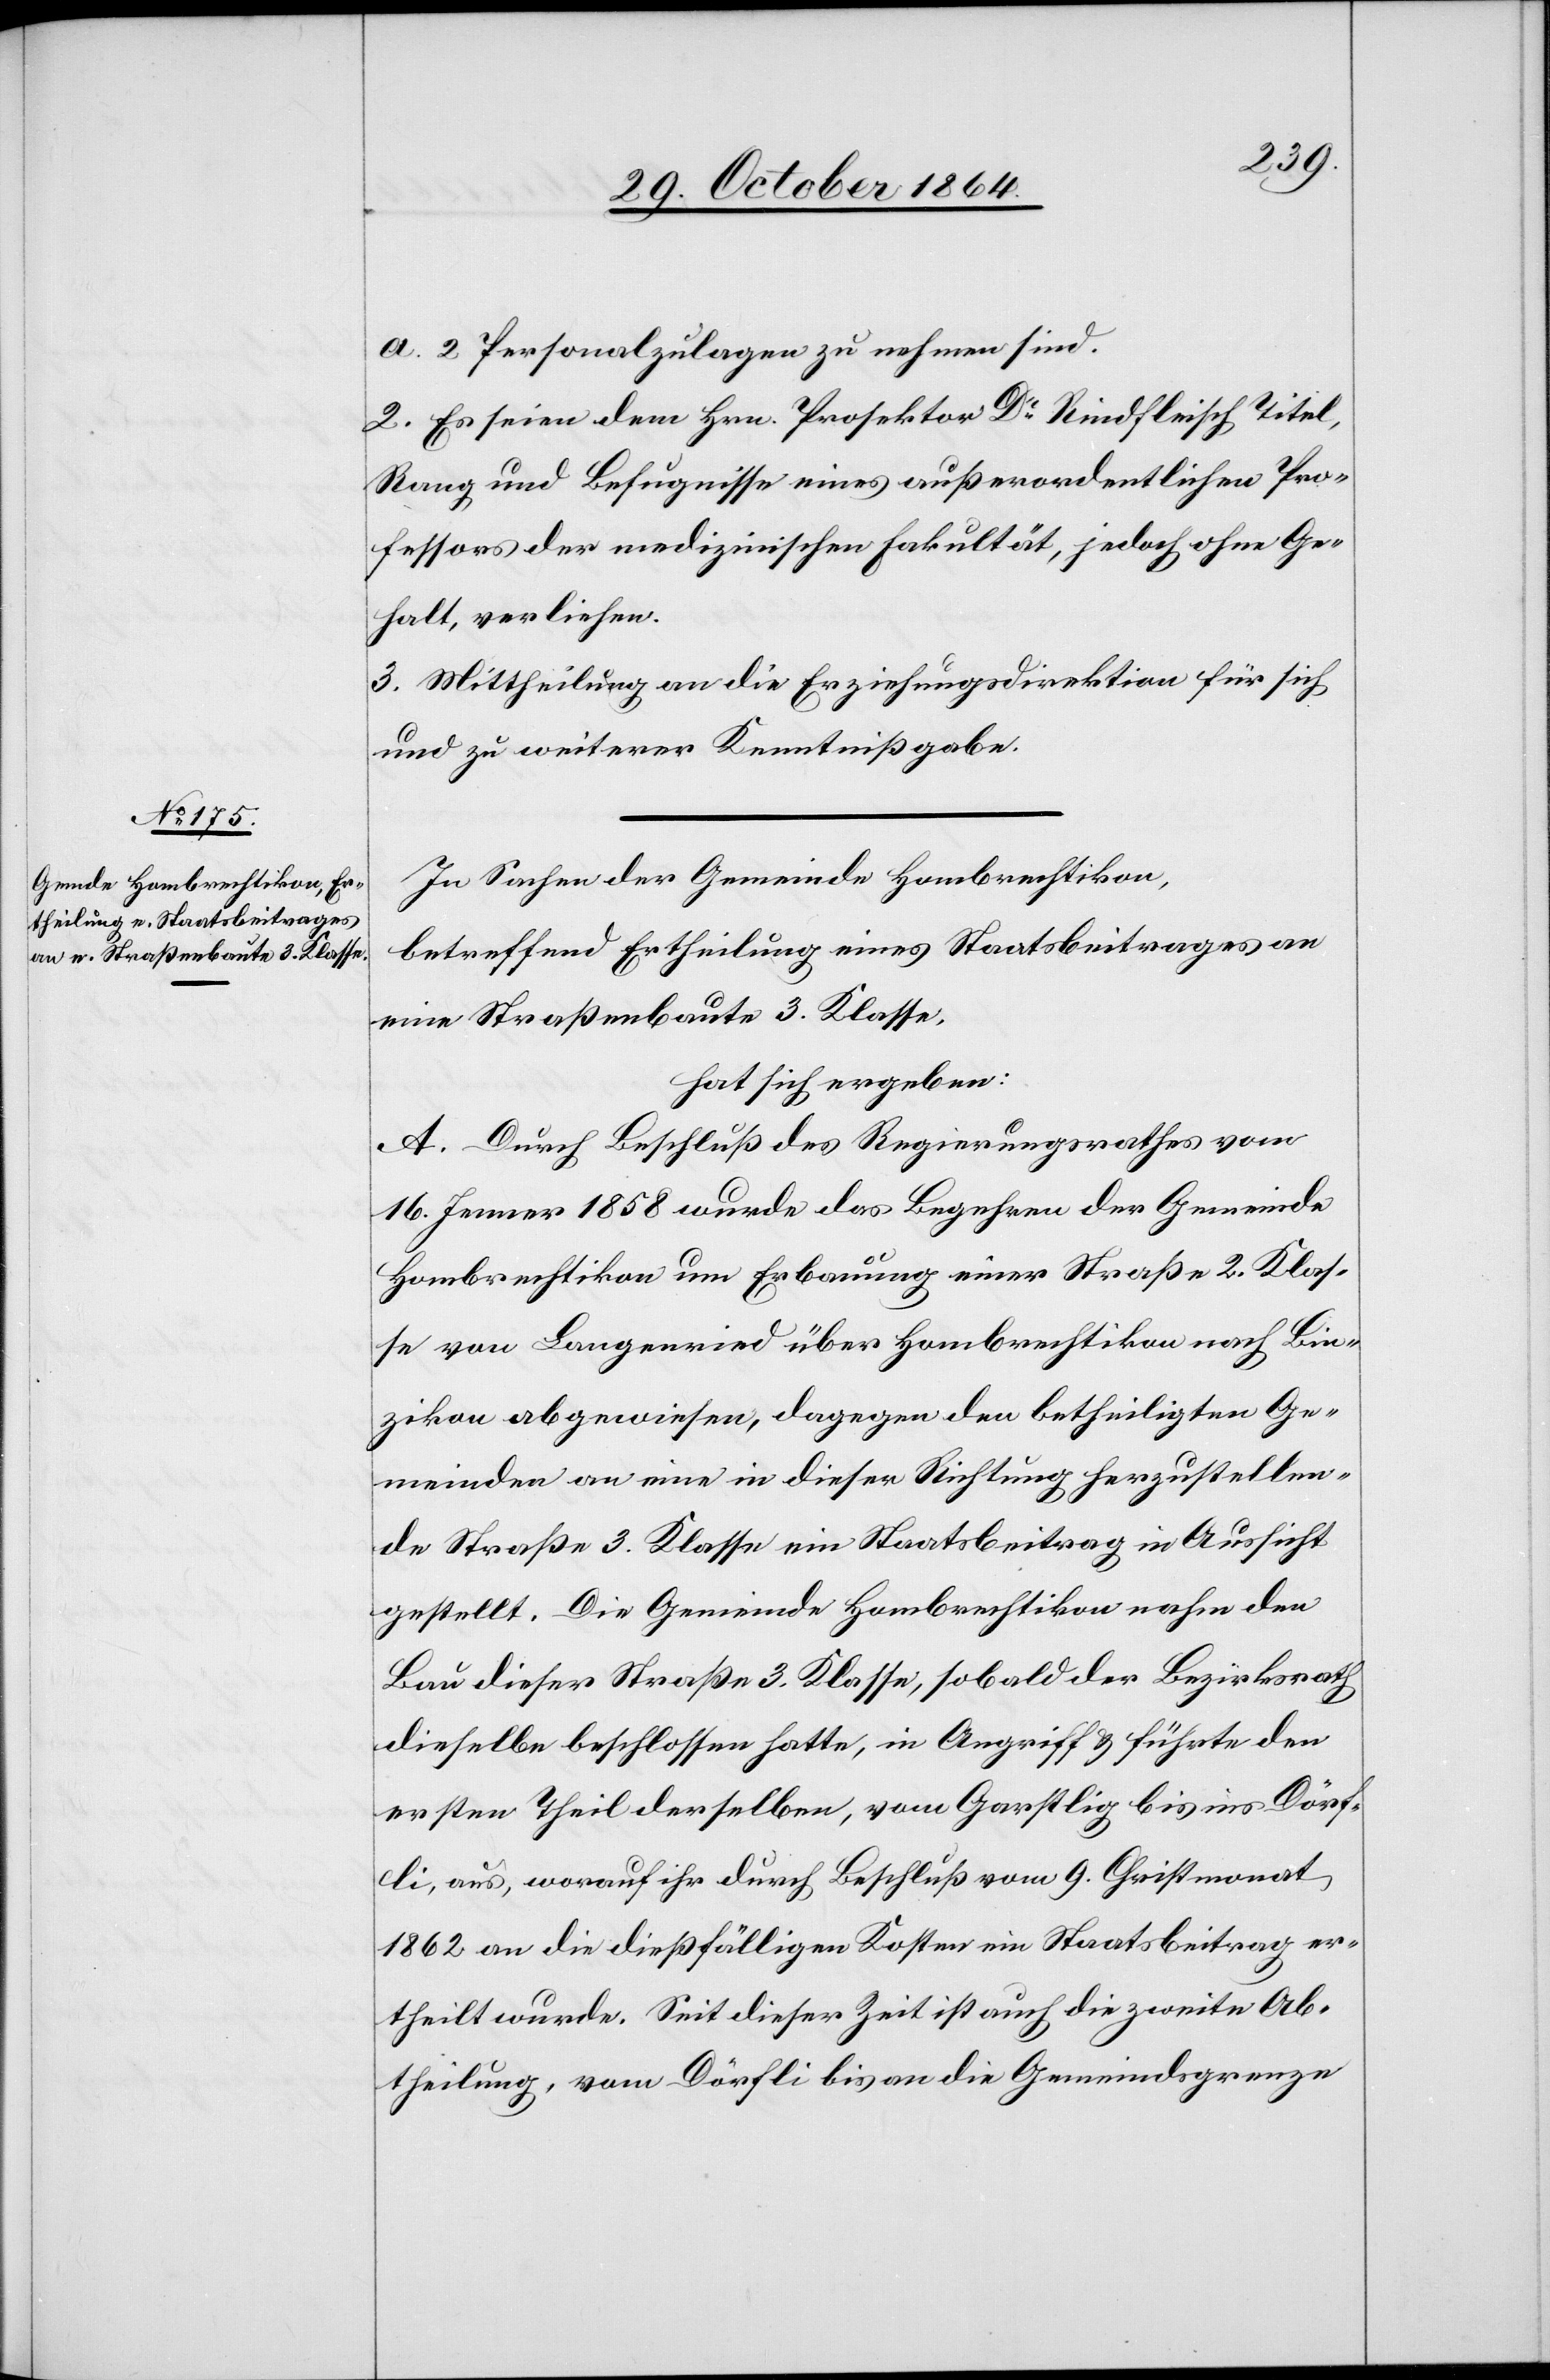
a. 2 Personalzulagen zu nehmen sind.
2. Es seien dem Hrn. Prosektor Dr Rindfleisch Titel,
Rang und Befugnisse eines außerordentlichen Pro¬
fessors der medizinischen Fakultät, jedoch ohne Ge¬
halt, verliehen.
3. Mittheilung an die Erziehungsdirektion für sich
und zu weiterer Kenntnißgabe.
In Sachen der Gemeinde Hombrechtikon,
betreffend Ertheilung eines Staatsbeitrages an
eine Straßenbaute 3. Klasse,
hat sich ergeben:
A. Durch Beschluß des Regierungsrathes vom
16. Jenner 1858 wurde das Begehren der Gemeinde
Hombrechtikon um Erbauung einer Straße 2. Klas¬
se von Langenried über Hombrechtikon nach Bin¬
zikon abgewiesen, dagegen den betheiligten Ge¬
meinden an eine in dieser Richtung herzustellen¬
de Straße 3. Klasse ein Staatsbeitrag in Aussicht
gestellt. Die Gemeinde Hombrechtikon in nahm den
Bau dieser Straße 3. Klasse, sobald der Bezirksrath
dieselbe beschlossen hatte, in Angriff & führte den
ersten Theil derselben, vom Garstlig bis ins Dörf¬
li, aus, worauf ihr durch Beschluß vom 9. Christmonat
1862 an die dießfälligen Kosten ein Staatsbeitrag er¬
theilt wurde. Seit dieser Zeit ist auch die zweite Ab¬
theilung, vom Dörfli bis an die Gemeindsgrenze